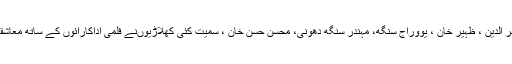
محمد اظہر الدین ، ظہیر خان ، یووراج سنگھ، مہندر سنگھ دھونی، محسن حسن خان ، سمیت کئی کھلاڑیوںنے فلمی اداکارائوں کے ساتھ معاشقے لڑائی۔